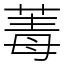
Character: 䓯